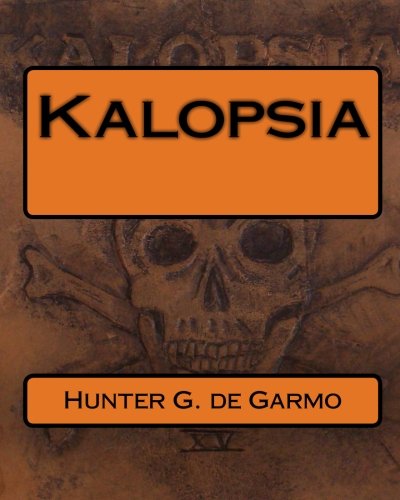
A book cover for Kalopsia; Hunter G. de Garmo; Romance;